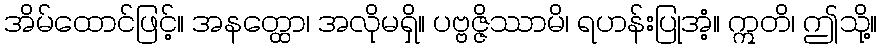
အိမ်ထောင်ဖြင့်။ အနတ္ထော၊ အလိုမရှိ။ ပဗ္ဗဇ္ဇိဿာမိ၊ ရဟန်းပြုအံ့။ ဣတိ၊ ဤသို့။